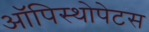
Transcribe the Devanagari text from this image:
ऑपिस्थोपेटस